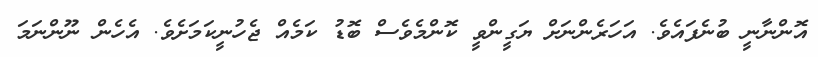
އޮންނާނީ ބުނެފައެވެ. އަހަރެންނަށް ޔަގީންވީ ކޮންމެވެސް ބޮޑު ކަމެއް ޖެހުނީކަމަށެވެ. އެހެން ނޫންނަމަ